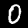
Label: 0